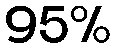
95%